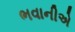
ભવાનીએ